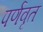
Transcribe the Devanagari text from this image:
पर्णवृत